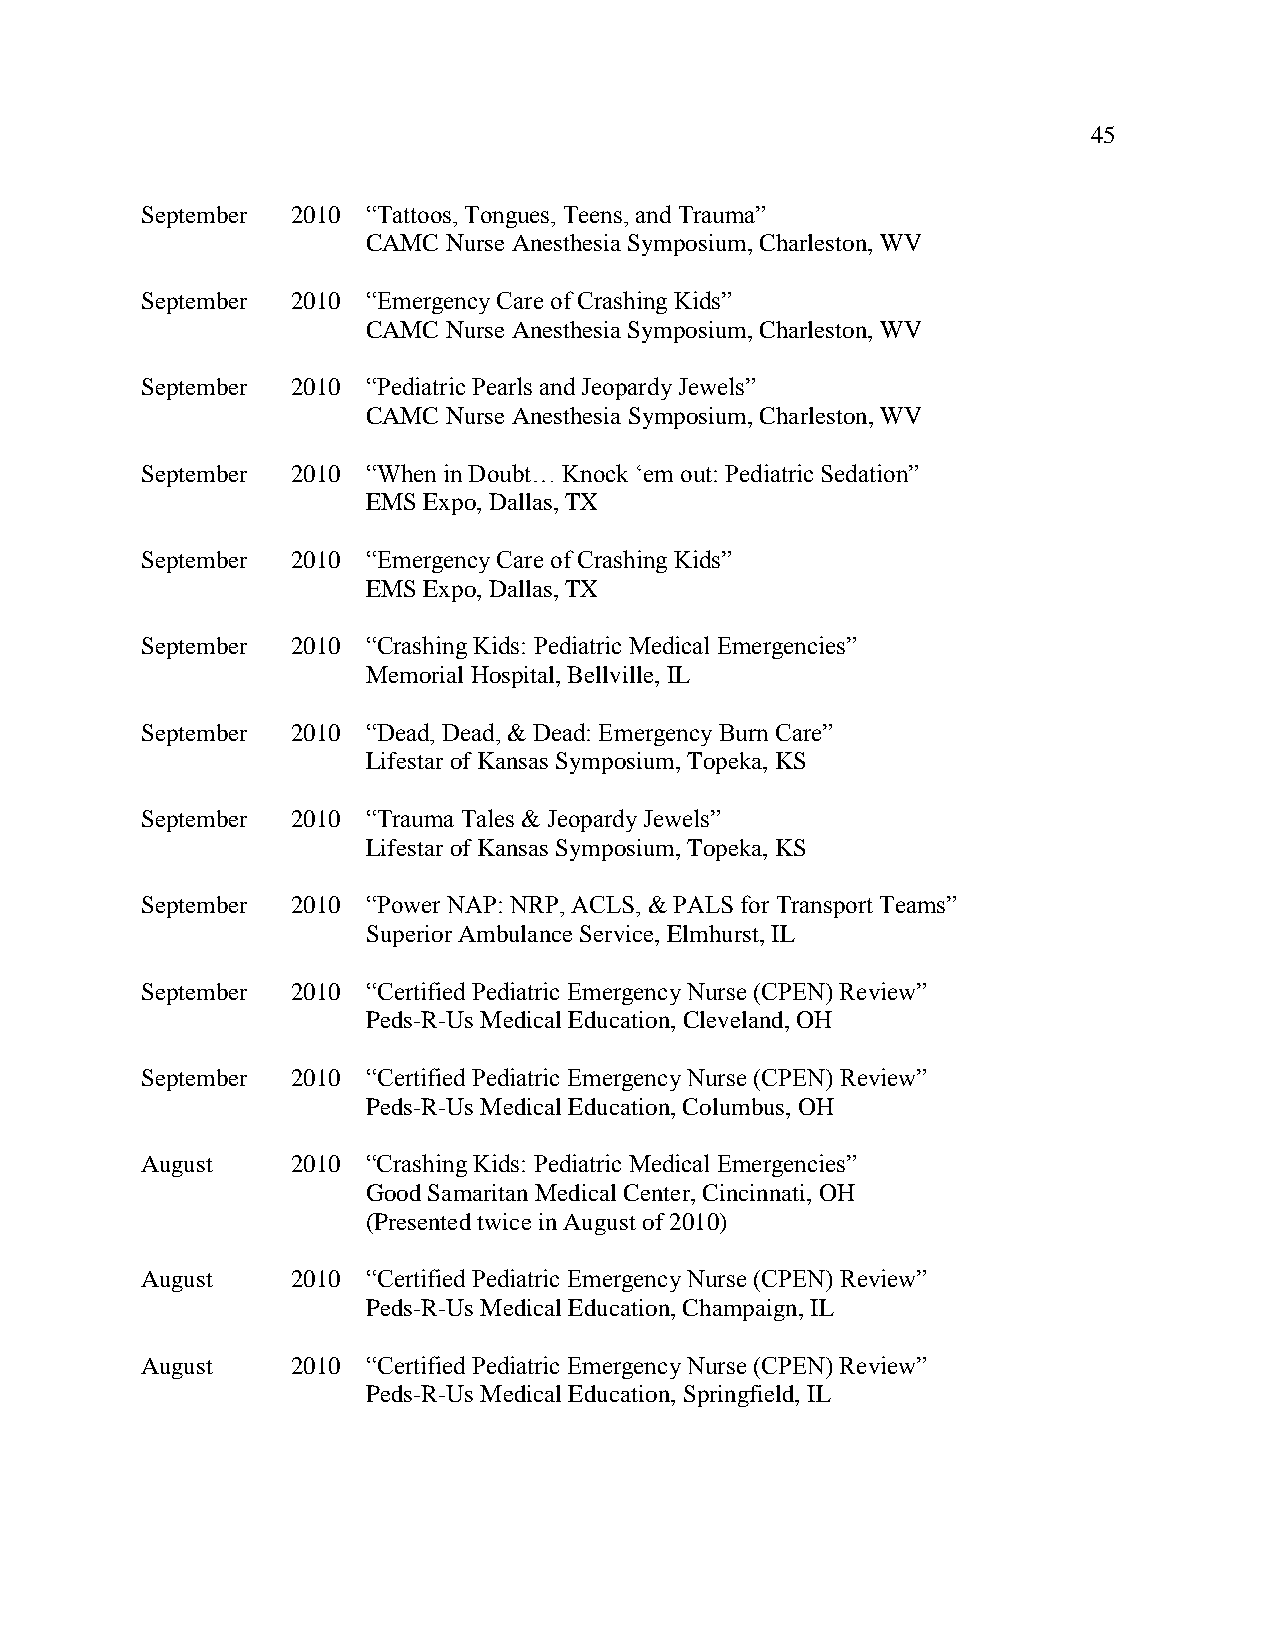
45
 September 2010 “Tattoos, Tongues, Teens, and Trauma”
 CAMC  Nurse Anesthesia Symposium, Charleston, WV
 September 2010 “Emergency Care of Crashing Kids”
 CAMC  Nurse Anesthesia Symposium, Charleston, WV
 September 2010 “Pediatric Pearls and Jeopardy Jewels”
 CAMC  Nurse Anesthesia Symposium, Charleston, WV
 September 2010 “When in Doubt… Knock ‘em out: Pediatric Sedation”
 EMS Expo, Dallas, TX
 September 2010 “Emergency Care of Crashing Kids”
 EMS Expo, Dallas, TX
 September 2010 “Crashing Kids: Pediatric Medical Emergencies”
 Memorial Hospital, Bellville, IL
 September 2010 “Dead, Dead, & Dead: Emergency Burn Care”
 Lifestar of Kansas Symposium, Topeka, KS
 September 2010 “Trauma Tales & Jeopardy Jewels”
 Lifestar of Kansas Symposium, Topeka, KS
 September 2010 “Power NAP: NRP, ACLS, & PALS for Transport Teams”
 Superior Ambulance Service, Elmhurst, IL
 September 2010 “Certified Pediatric Emergency Nurse (CPEN) Review”
 Peds-R-Us Medical Education, Cleveland, OH
 September 2010 “Certified Pediatric Emergency Nurse (CPEN) Review”
 Peds-R-Us Medical Education, Columbus, OH
 August    2010 “Crashing Kids: Pediatric Medical Emergencies”
 Good Samaritan Medical Center, Cincinnati, OH
 (Presented twice in August of 2010)
 August    2010 “Certified Pediatric Emergency Nurse (CPEN) Review”
 Peds-R-Us Medical Education, Champaign, IL
 August    2010 “Certified Pediatric Emergency Nurse (CPEN) Review”
 Peds-R-Us Medical Education, Springfield, IL